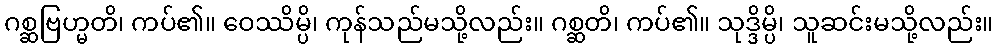
ဂစ္ဆဗြဟ္မတိ၊ ကပ်၏။ ဝေဿိမ္ပိ၊ ကုန်သည်မသို့လည်း။ ဂစ္ဆတိ၊ ကပ်၏။ သုဒ္ဒိမ္ပိ၊ သူဆင်းမသို့လည်း။